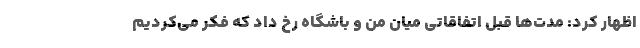
اظهار کرد: مدت‌ها قبل اتفاقاتی میان من و باشگاه رخ داد که فکر می‌کردیم